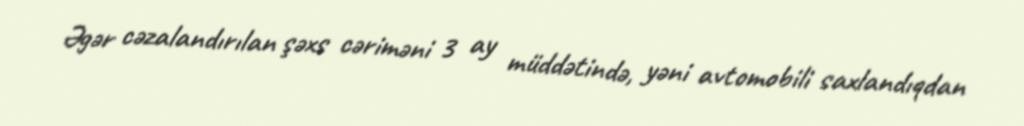
Əgər cəzalandırılan şəxs cəriməni 3 ay müddətində, yəni avtomobili saxlandıqdan